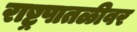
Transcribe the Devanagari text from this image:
राष्ट्रपातळीवर